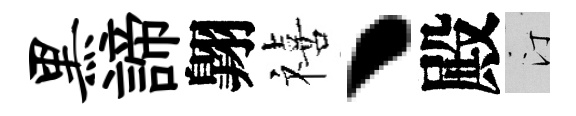
黑諦翺禧丶殿汀